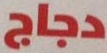
دجاج